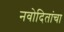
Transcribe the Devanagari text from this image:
नवोदितांचा